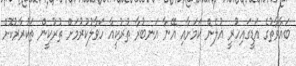
ބަޣާވާތުގެ އަޑީގައިހުރީ ޣުލެން ކަމަށާއި އޭނާ އަނބުރާ ތުރުކީއާ ހަވާލުކުރުމަށް ތުރުކީން ތަކުރާރުކޮށް